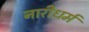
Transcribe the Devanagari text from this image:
नारीधर्म